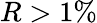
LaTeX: R>1\%